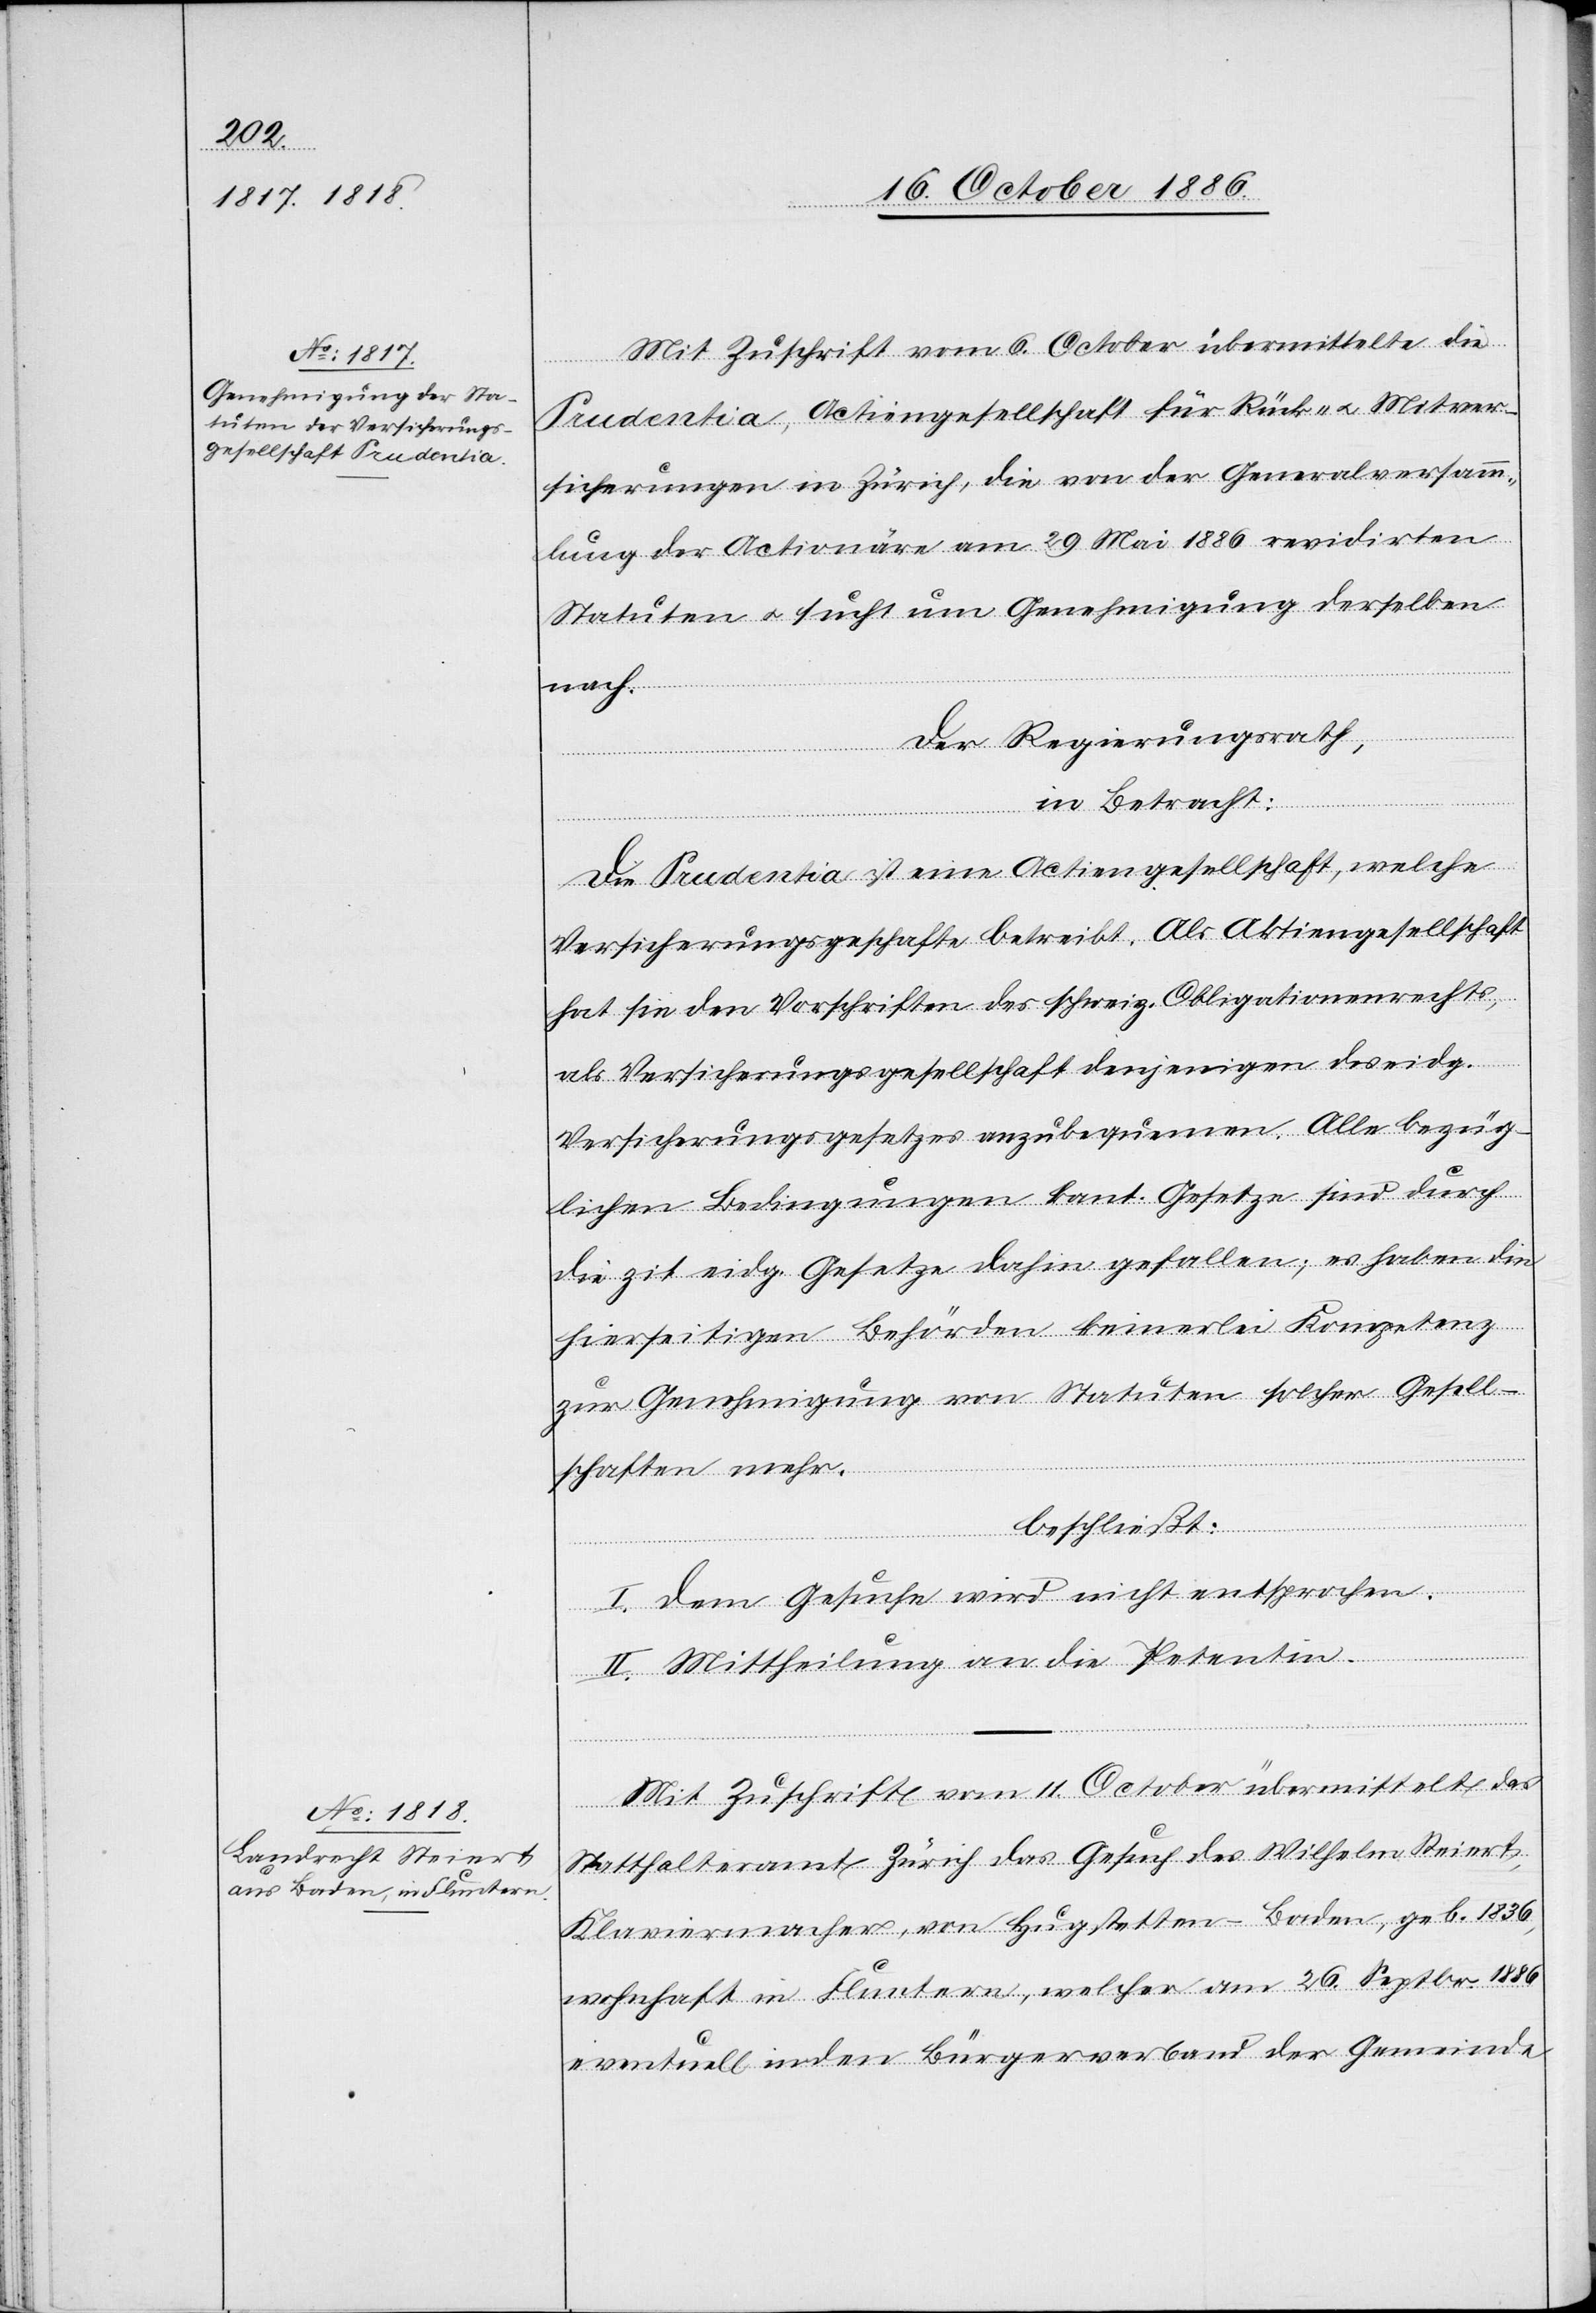
Mit Zuschrift vom 6. October übermittelte die
Prudentia, Actiengesellschaft für Rück- & Mitver¬
sicherungen in Zürich, die von der Generalversamm¬
lung der Actionäre am 29. Mai 1886 revidirten
Statuten & sucht um Genehmigung derselben
nach.
Der Regierungsrath,
in Betracht:
Die Prudentia ist eine Actiengesellschaft, welche
Versicherungsgeschafte [sic!] betreibt. Als Aktiengesellschaft
hat sie den Vorschriften des schweiz. Obligationenrechts,
als Versicherungsgesellschaft denjenigen des eidg.
Versicherungsgesetzes anzubequemen. Alle bezüg¬
lichen Bedingungen kant. Gesetze sind durch
die zit. eidg. Gesetze dahin gefallen; es haben die
hierseitigen Behörden keinerlei Kompetenz
zur Genehmigung von Statuten solcher Gesell¬
schaften mehr.
beschließt:
I. Dem Gesuche wird nicht entsprochen.
II. Mittheilung an die Petentin.
Mit Zuschrift vom 11. October übermittelt das
Statthalteramt Zürich das Gesuch des Wilhelm Steiert,
Klaviermacher, von Hugstetten - Baden, geb. 1836,
wohnhaft in Fluntern, welcher am 26. Septbr. 1886
eventuell in den Bürgerverband der Gemeinde